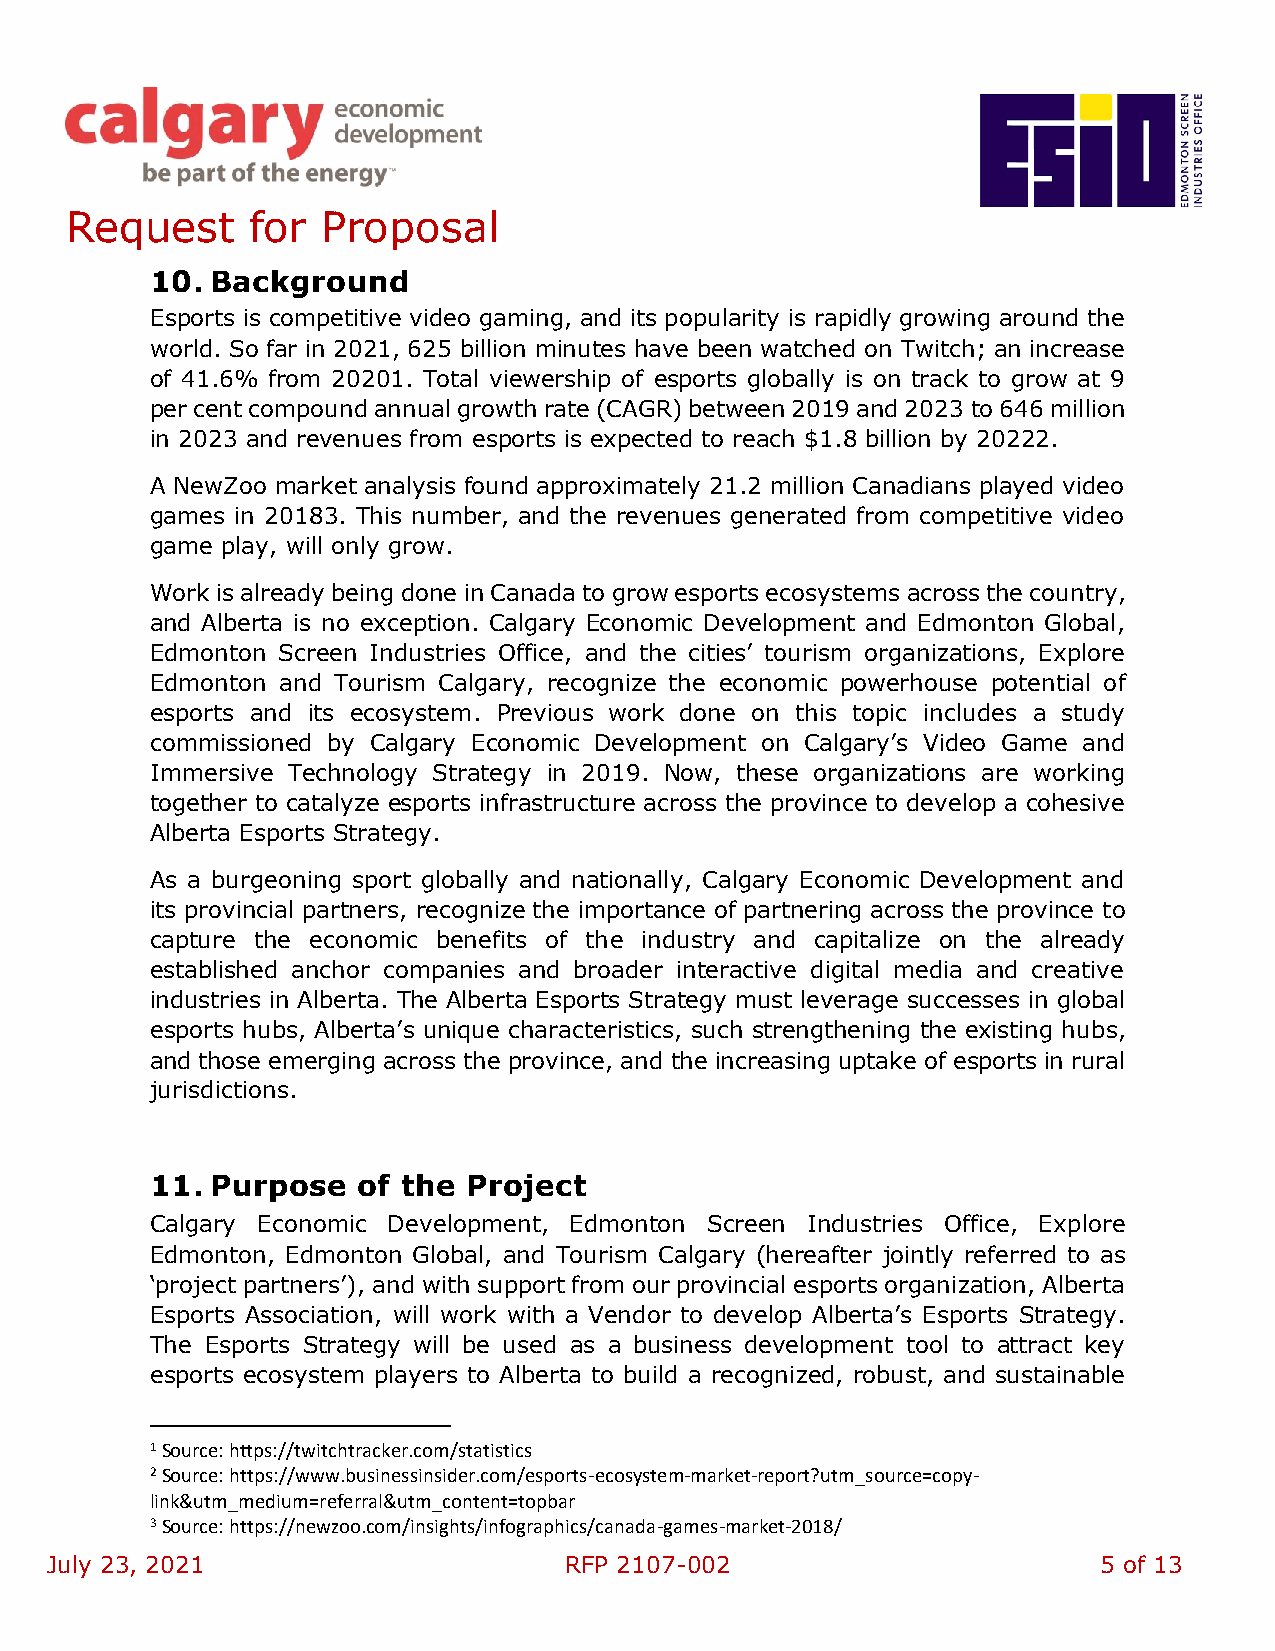
Request      for Proposal
 10. Background
 Esports is competitive video gaming, and its popularity is rapidly growing around the
 world. So far in 2021, 625 billion minutes have been watched on Twitch; an increase
 of 41.6% from 20201. Total viewership of esports globally is on track to grow at 9
 per cent compound annual growth rate (CAGR) between 2019 and 2023 to 646 million
 in 2023 and revenues from esports is expected to reach $1.8 billion by 20222.
 A NewZoo market analysis found approximately 21.2 million Canadians played video
 games in 20183. This number, and the revenues generated from competitive video
 game play, will only grow.
 Work is already being done in Canada to grow esports ecosystems across the country,
 and Alberta is no exception. Calgary Economic Development and Edmonton Global,
 Edmonton Screen Industries Office, and the cities’ tourism organizations, Explore
 Edmonton and Tourism Calgary, recognize the economic powerhouse potential of
 esports and its ecosystem. Previous work done on this topic includes a study
 commissioned by Calgary Economic Development on Calgary’s Video Game and
 Immersive Technology Strategy in 2019. Now, these organizations are working
 together to catalyze esports infrastructure across the province to develop a cohesive
 Alberta Esports Strategy.
 As a burgeoning sport globally and nationally, Calgary Economic Development and
 its provincial partners, recognize the importance of partnering across the province to
 capture the economic benefits of the industry and capitalize on the already
 established anchor companies and broader interactive digital media and creative
 industries in Alberta. The Alberta Esports Strategy must leverage successes in global
 esports hubs, Alberta’s unique characteristics, such strengthening the existing hubs,
 and those emerging across the province, and the increasing uptake of esports in rural
 jurisdictions.
 11. Purpose   of the Project
 Calgary Economic Development, Edmonton Screen Industries Office, Explore
 Edmonton, Edmonton Global, and Tourism Calgary (hereafter jointly referred to as
 ‘project partners’), and with support from our provincial esports organization, Alberta
 Esports Association, will work with a Vendor to develop Alberta’s Esports Strategy.
 The Esports Strategy will be used as a business development tool to attract key
 esports ecosystem players to Alberta to build a recognized, robust, and sustainable
 1 Source: https://twitchtracker.com/statistics
 2 Source: https://www.businessinsider.com/esports-ecosystem-market-report?utm_source=copy-
 link&utm_medium=referral&utm_content=topbar
 3 Source: https://newzoo.com/insights/infographics/canada-games-market-2018/
 July 23, 2021                     RFP 2107-002                        5 of 13